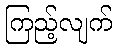
ကြည့်လျက်